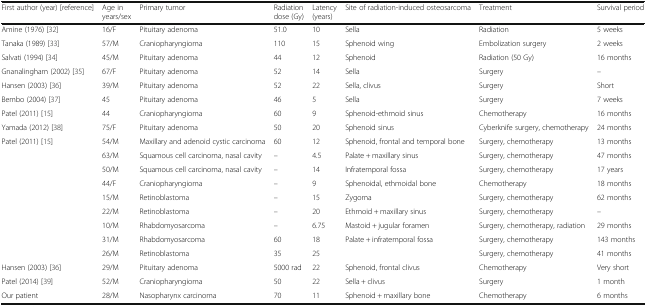
<table><thead><tr><td><b>First author (year) [reference]</b></td><td><b>Age in years/sex</b></td><td><b>Primary tumor</b></td><td><b>Radiation dose (Gy)</b></td><td><b>Latency (years)</b></td><td><b>Site of radiation-induced osteosarcoma</b></td><td><b>Treatment</b></td><td><b>Survival period</b></td></tr></thead><tbody><tr><td>Amine (1976) [32]</td><td>16/F</td><td>Pituitary adenoma</td><td>51.0</td><td>10</td><td>Sella</td><td>Radiation</td><td>5 weeks</td></tr><tr><td>Tanaka (1989) [33]</td><td>57/M</td><td>Craniopharyngioma</td><td>110</td><td>15</td><td>Sphenoid wing</td><td>Embolization surgery</td><td>2 weeks</td></tr><tr><td>Salvati (1994) [34]</td><td>45/M</td><td>Pituitary adenoma</td><td>44</td><td>12</td><td>Sphenoid</td><td>Radiation (50 Gy)</td><td>16 months</td></tr><tr><td>Gnanalingham (2002) [35]</td><td>67/F</td><td>Pituitary adenoma</td><td>52</td><td>14</td><td>Sella</td><td>Surgery</td><td>–</td></tr><tr><td>Hansen (2003) [36]</td><td>39/M</td><td>Pituitary adenoma</td><td>52</td><td>22</td><td>Sella, clivus</td><td>Surgery</td><td>Short</td></tr><tr><td>Bembo (2004) [37]</td><td>45</td><td>Pituitary adenoma</td><td>46</td><td>5</td><td>Sella</td><td>Surgery</td><td>7 weeks</td></tr><tr><td>Patel (2011) [15]</td><td>44</td><td>Craniopharyngioma</td><td>60</td><td>9</td><td>Sphenoid-ethmoid sinus</td><td>Chemotherapy</td><td>16 months</td></tr><tr><td>Yamada (2012) [38]</td><td>75/F</td><td>Pituitary adenoma</td><td>50</td><td>20</td><td>Sphenoid sinus</td><td>Cyberknife surgery, chemotherapy</td><td>24 months</td></tr><tr><td rowspan="9">Patel (2011) [15]</td><td>54/M</td><td>Maxillary and adenoid cystic carcinoma</td><td>60</td><td>12</td><td>Sphenoid, frontal and temporal bone</td><td>Surgery, chemotherapy</td><td>13 months</td></tr><tr><td>63/M</td><td>Squamous cell carcinoma, nasal cavity</td><td>–</td><td>4.5</td><td>Palate + maxillary sinus</td><td>Surgery, chemotherapy</td><td>47 months</td></tr><tr><td>50/M</td><td>Squamous cell carcinoma, nasal cavity</td><td>–</td><td>14</td><td>Infratemporal fossa</td><td>Surgery, chemotherapy</td><td>17 years</td></tr><tr><td>44/F</td><td>Craniopharyngioma</td><td>–</td><td>9</td><td>Sphenoidal, ethmoidal bone</td><td>Chemotherapy</td><td>18 months</td></tr><tr><td>15/M</td><td>Retinoblastoma</td><td>–</td><td>15</td><td>Zygoma</td><td>Surgery, chemotherapy</td><td>62 months</td></tr><tr><td>22/M</td><td>Retinoblastoma</td><td>–</td><td>20</td><td>Ethmoid + maxillary sinus</td><td>Surgery, chemotherapy</td><td>–</td></tr><tr><td>10/M</td><td>Rhabdomyosarcoma</td><td>–</td><td>6.75</td><td>Mastoid + jugular foramen</td><td>Surgery, chemotherapy, radiation</td><td>29 months</td></tr><tr><td>31/M</td><td>Rhabdomyosarcoma</td><td>60</td><td>18</td><td>Palate + infratemporal fossa</td><td>Surgery, chemotherapy</td><td>143 months</td></tr><tr><td>26/M</td><td>Retinoblastoma</td><td>35</td><td>25</td><td></td><td>Surgery, chemotherapy</td><td>41 months</td></tr><tr><td>Hansen (2003) [36]</td><td>29/M</td><td>Pituitary adenoma</td><td>5000 rad</td><td>22</td><td>Sphenoid, frontal clivus</td><td>Chemotherapy</td><td>Very short</td></tr><tr><td>Patel (2014) [39]</td><td>52/M</td><td>Craniopharyngioma</td><td>50</td><td>22</td><td>Sella + clivus</td><td>Surgery</td><td>1 month</td></tr><tr><td>Our patient</td><td>28/M</td><td>Nasopharynx carcinoma</td><td>70</td><td>11</td><td>Sphenoid + maxillary bone</td><td>Chemotherapy</td><td>6 months</td></tr></tbody></table>